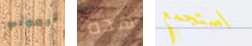
تيموثي هذه استجمع